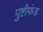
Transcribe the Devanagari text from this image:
पुष्टीफंड